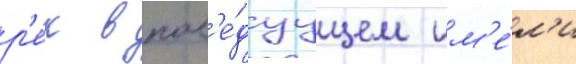
р'е́к в посл'е́дуущем им'е́л'и